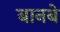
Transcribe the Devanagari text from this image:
बानबे